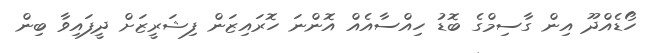
ހޯޑެއްދޫ އިން ގާސިމްގެ ބޮޑު ހިއްސާއެއް އޮންނަ ހޮރައިޒަން ފިޝަރީޒަށް ދީފައިވާ ބިން